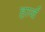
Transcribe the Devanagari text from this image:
हार्व